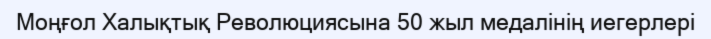
Моңғол Халықтық Революциясына 50 жыл медалінің иегерлері